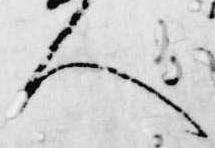
人